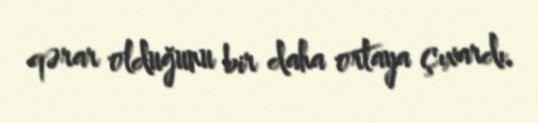
qərar olduğunu bir daha ortaya çıxardı.